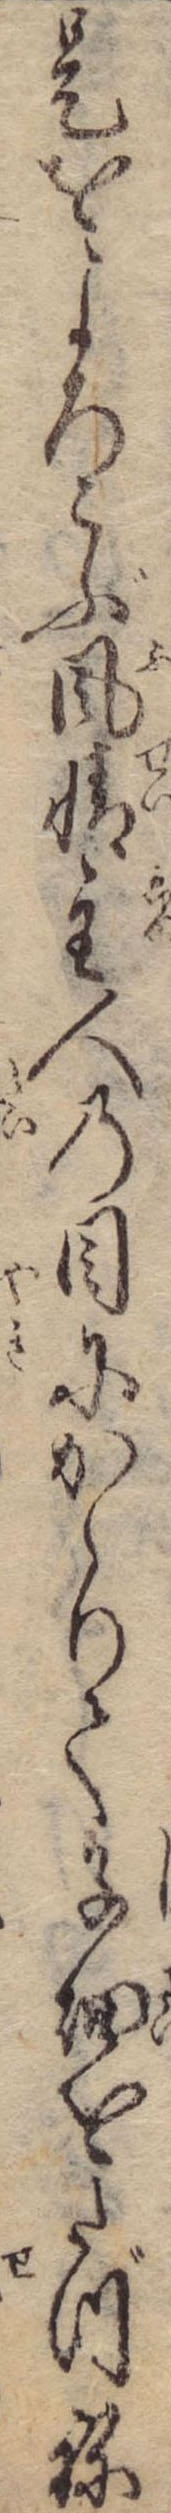
是をよろこぶ風情主人の目にかゝりて子細をたづね